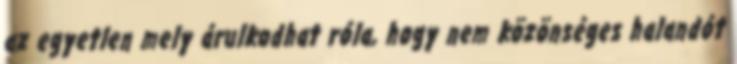
az egyetlen mely árulkodhat róla, hogy nem közönséges halandót